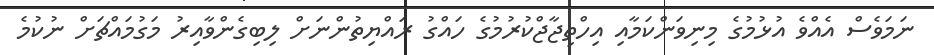
ނަމަވެސް އެއްވެ އުޅުމުގެ މިނިވަންކަމާއި އިހްތިޖާޖްކުރުމުގެ ހައްގު ރައްޔިތުންނަށް ލިބިގެންވާއިރު މަގުމައްޗަށް ނުކުމެ